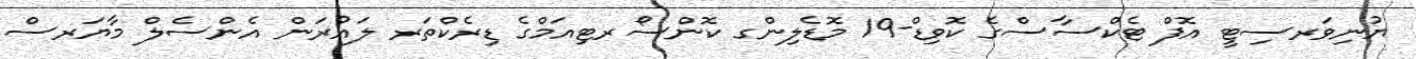
ޔުނިވަރސިޓީ އޮފް ޓެކްސާސްގެ ކޮވިޑް-19 މޮޑެލިންގ ކޮންސޯރޓިއަމްގެ ޑިރެކްތަރ ލައުރަން އެންސެލް މާޔަރސް